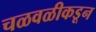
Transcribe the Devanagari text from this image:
चळवळीकडून